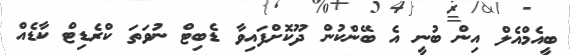
ބީއެމްއެލް އިން ބުނީ އެ ބޭންކުން ދޫކޮށްފައިވާ ޑެބިޓް ނުވަތަ ކްރެޑިޓް ކާޑެއް